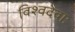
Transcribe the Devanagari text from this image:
विश्वदेवाः